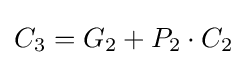
C_{3}=G_{2}+P_{2}\cdot C_{2}